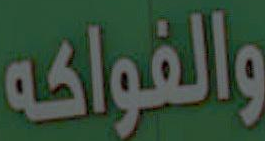
والفواكه